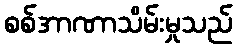
စစ်အာဏာသိမ်းမှုသည်